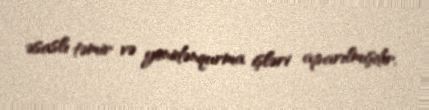
əsaslı təmir və yenidənqurma işləri aparılmışdır.